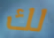
لك